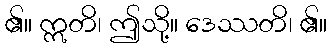
၏။ ဣတိ၊ ဤသို့။ ဒေဿတိ၊ ၏။